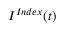
I ^ { I n d e x } ( t )